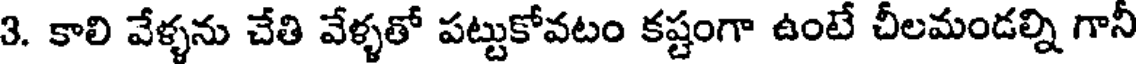
3. కాలి వేళ్ళను చేతి వేళ్ళతో పట్టుకోవటం కష్టంగా ఉంటే చీలమండల్ని గానీ